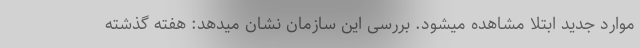
موارد جدید ابتلا مشاهده میشود. بررسی این سازمان نشان میدهد: هفته گذشته